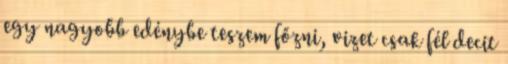
egy nagyobb edénybe teszem főzni, vizet csak fél decit